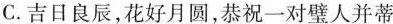
C.吉日良辰，花好月圆，恭祝一对璧人并蒂